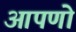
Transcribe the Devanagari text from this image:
आपणो